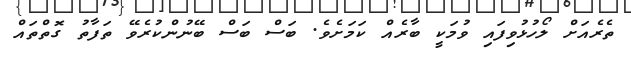
ތެރެއަށް ލޯހުޅުވިފައި ވުމަކީ ބާރެއް ކަމަށެވެ. ބަސް ބަސް ބޭނުންކުރެވޭ ތަފާތު ގޮތްތައް